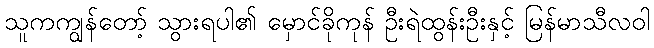
သူကကျွန်တော့် သွားရပါ၏ မှောင်ခိုကုန် ဦးရဲထွန်းဦးနှင့် မြန်မာသီလဝါ